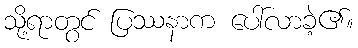
သို့ရာတွင် ပြဿနာက ပေါ်လာခဲ့၏။